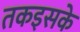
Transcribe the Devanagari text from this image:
तकइसके